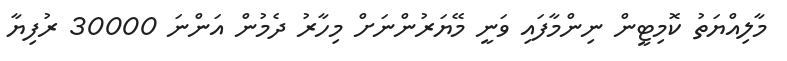
މާލިއްޔަތު ކޮމިޓީން ނިންމާފައި ވަނީ މޭޔަރުންނަށް މިހާރު ދެމުން އަންނަ 30000 ރުފިޔާ